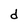
Character: d